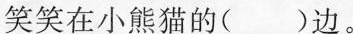
笑笑在小熊猫的()边。